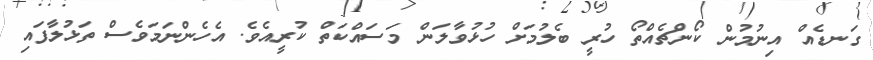
ގަނޑެއް އިނުމުން ކޯންޗެއްތޯ ހުރީ ބެލުމަށް ހުޅުވާލަން މަސައްކަތް ކުރީއެވެ. އެހެންނަމަވެސް ތަޅުލާފައި